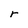
Character: r